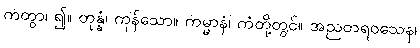
ကတွာ၊ ၍။ တုန္နံ၊ ကုန်သော။ ကမ္မာနံ၊ ကံတို့တွင်။ အညတရဝသေန၊